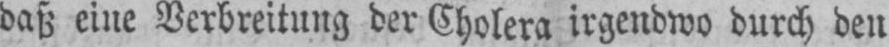
daß eine Verbreitung der Cholera irgendwo durch den